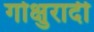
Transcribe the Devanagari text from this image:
गोक्षुरादी